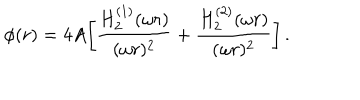
LaTeX: \phi ( r ) = 4 A \biggl [ { \frac { H _ { 2 } ^ { ( 1 ) } ( \omega r ) } { ( \omega r ) ^ { 2 } } } + { \frac { H _ { 2 } ^ { ( 2 ) } ( \omega r ) } { ( \omega r ) ^ { 2 } } } \biggr ] \, .